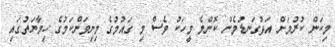
މިކަން ކުރުމަށް އަޅުގަނޑުމެން ކޮންމެ މީހަކު ވެސް މި ގައުމުގެ މިނިވަންކަމުގެ ހިމާޔަތުގައި